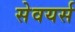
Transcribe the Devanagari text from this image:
सेवयर्स